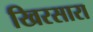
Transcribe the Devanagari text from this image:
खिरसारा